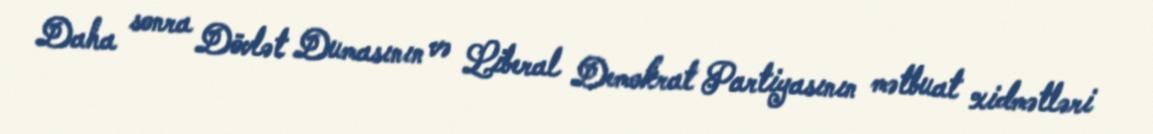
Daha sonra Dövlət Dumasının və Liberal Demokrat Partiyasının mətbuat xidmətləri